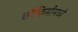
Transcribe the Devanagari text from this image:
चौकिमीमध्ये